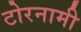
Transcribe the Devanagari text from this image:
टोरनामी